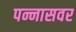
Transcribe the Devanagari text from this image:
पन्नासवर